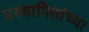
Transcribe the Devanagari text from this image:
प्रस्थापितांच्या